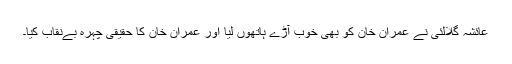
عائشہ گلالئی نے عمران خان کو بھی خوب آڑے ہاتھوں لیا اور عمران خان کا حقیقی چہرہ بےنقاب کیا۔